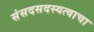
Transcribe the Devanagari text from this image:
संसदसदस्यत्वाचा